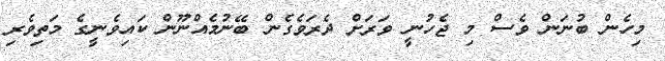
މިހެން ބުނަން ވެސް މި ޖެހުނީ ވަރަށް ދެރަވެގެން ބޭނުމެއްނޫން ކައިވެނީގެ މަތިވެރި